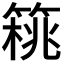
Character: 𥰜